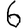
Digit: 6